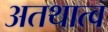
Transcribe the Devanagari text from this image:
अतथात्व